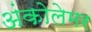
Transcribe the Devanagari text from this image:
अंकोलेमर